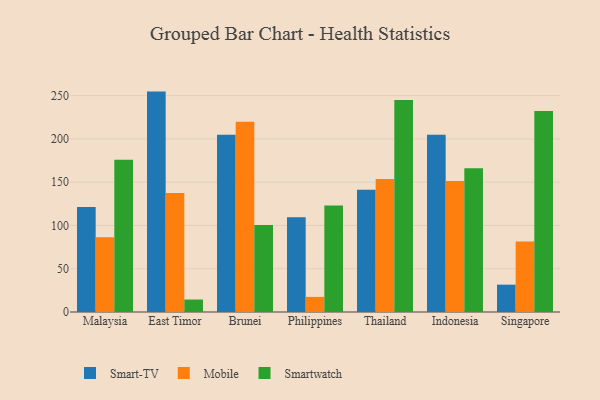
{"axis": {"x": "Country", "y": "Population (Million)"}, "legend": ["Mobile", "Smart-TV", "Smartwatch"], "data": [{"x": "Malaysia", "y": 121.4, "type": "Smart-TV"}, {"x": "Malaysia", "y": 86.3, "type": "Mobile"}, {"x": "Malaysia", "y": 176.0, "type": "Smartwatch"}, {"x": "East Timor", "y": 254.7, "type": "Smart-TV"}, {"x": "East Timor", "y": 137.6, "type": "Mobile"}, {"x": "East Timor", "y": 14.4, "type": "Smartwatch"}, {"x": "Brunei", "y": 204.7, "type": "Smart-TV"}, {"x": "Brunei", "y": 219.9, "type": "Mobile"}, {"x": "Brunei", "y": 100.6, "type": "Smartwatch"}, {"x": "Philippines", "y": 109.6, "type": "Smart-TV"}, {"x": "Philippines", "y": 17.4, "type": "Mobile"}, {"x": "Philippines", "y": 123.0, "type": "Smartwatch"}, {"x": "Thailand", "y": 141.3, "type": "Smart-TV"}, {"x": "Thailand", "y": 153.8, "type": "Mobile"}, {"x": "Thailand", "y": 245.1, "type": "Smartwatch"}, {"x": "Indonesia", "y": 204.9, "type": "Smart-TV"}, {"x": "Indonesia", "y": 151.5, "type": "Mobile"}, {"x": "Indonesia", "y": 166.1, "type": "Smartwatch"}, {"x": "Singapore", "y": 31.6, "type": "Smart-TV"}, {"x": "Singapore", "y": 81.4, "type": "Mobile"}, {"x": "Singapore", "y": 232.2, "type": "Smartwatch"}]}